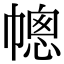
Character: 幒